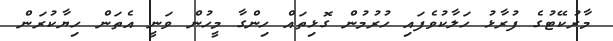
މާރުކޭޓުގެ ފުރާޅު ހަލާކުވެފައި ހުރުމުން ގޮޅިތައް ހިންގާ މީހުން ވަނީ އެތަން ހިޔާކުރަން